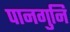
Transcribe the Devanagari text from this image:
पानगुनि